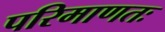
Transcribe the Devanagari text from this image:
परिमाणतः